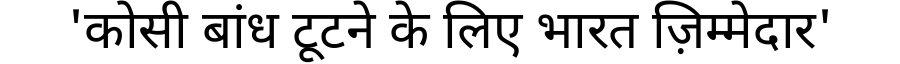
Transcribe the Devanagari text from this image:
'कोसी बांध टूटने के लिए भारत ज़िम्मेदार'